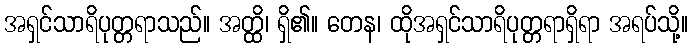
အရှင်သာရိပုတ္တရာသည်။ အတ္ထိ၊ ရှိ၏။ တေန၊ ထိုအရှင်သာရိပုတ္တရာရှိရာ အရပ်သို့။